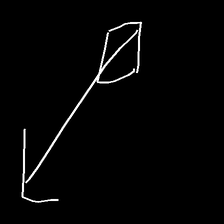
Glyph: focus